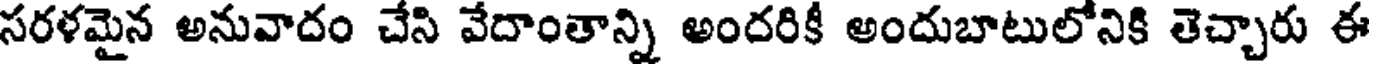
సరళమైన అనువాదం చేసి వేదాంతాన్ని అందరికీ అందుబాటులోనికి తెచ్చారు ఈ